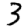
Digit: 3